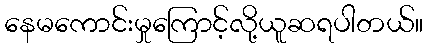
နေမကောင်းမှုကြောင့်လို့ယူဆရပါတယ်။